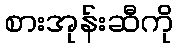
စားအုန်းဆီကို